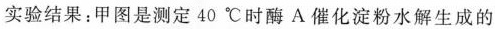
实验结果：甲图是测定40℃时酶A催化淀粉水解生成的